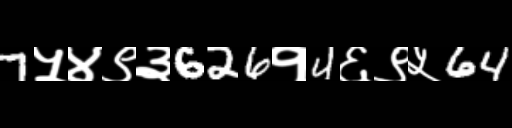
Text: 7५४९३626१4६९५64